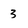
Character: 3